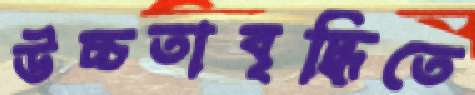
উচ্চতাবৃদ্ধিতে